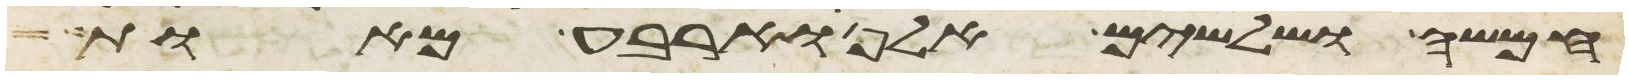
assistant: חמשה ושלשים אלף וארבע מאות